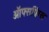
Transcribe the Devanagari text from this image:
ऑफ्सप्रिंग्स